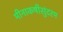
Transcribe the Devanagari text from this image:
मीनाकषीसुंदरम